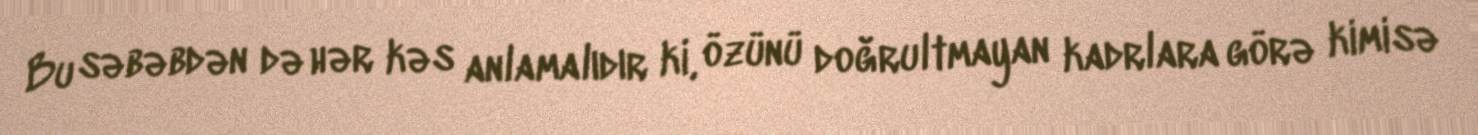
Bu səbəbdən də hər kəs anlamalıdır ki, özünü doğrultmayan kadrlara görə kimisə